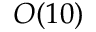
O ( 1 0 )